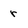
Character: r